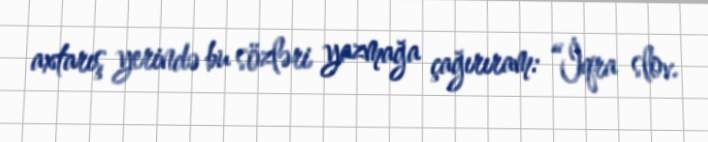
axtarış yerində bu sözləri yazmağa çağırıram: “İqra slov.